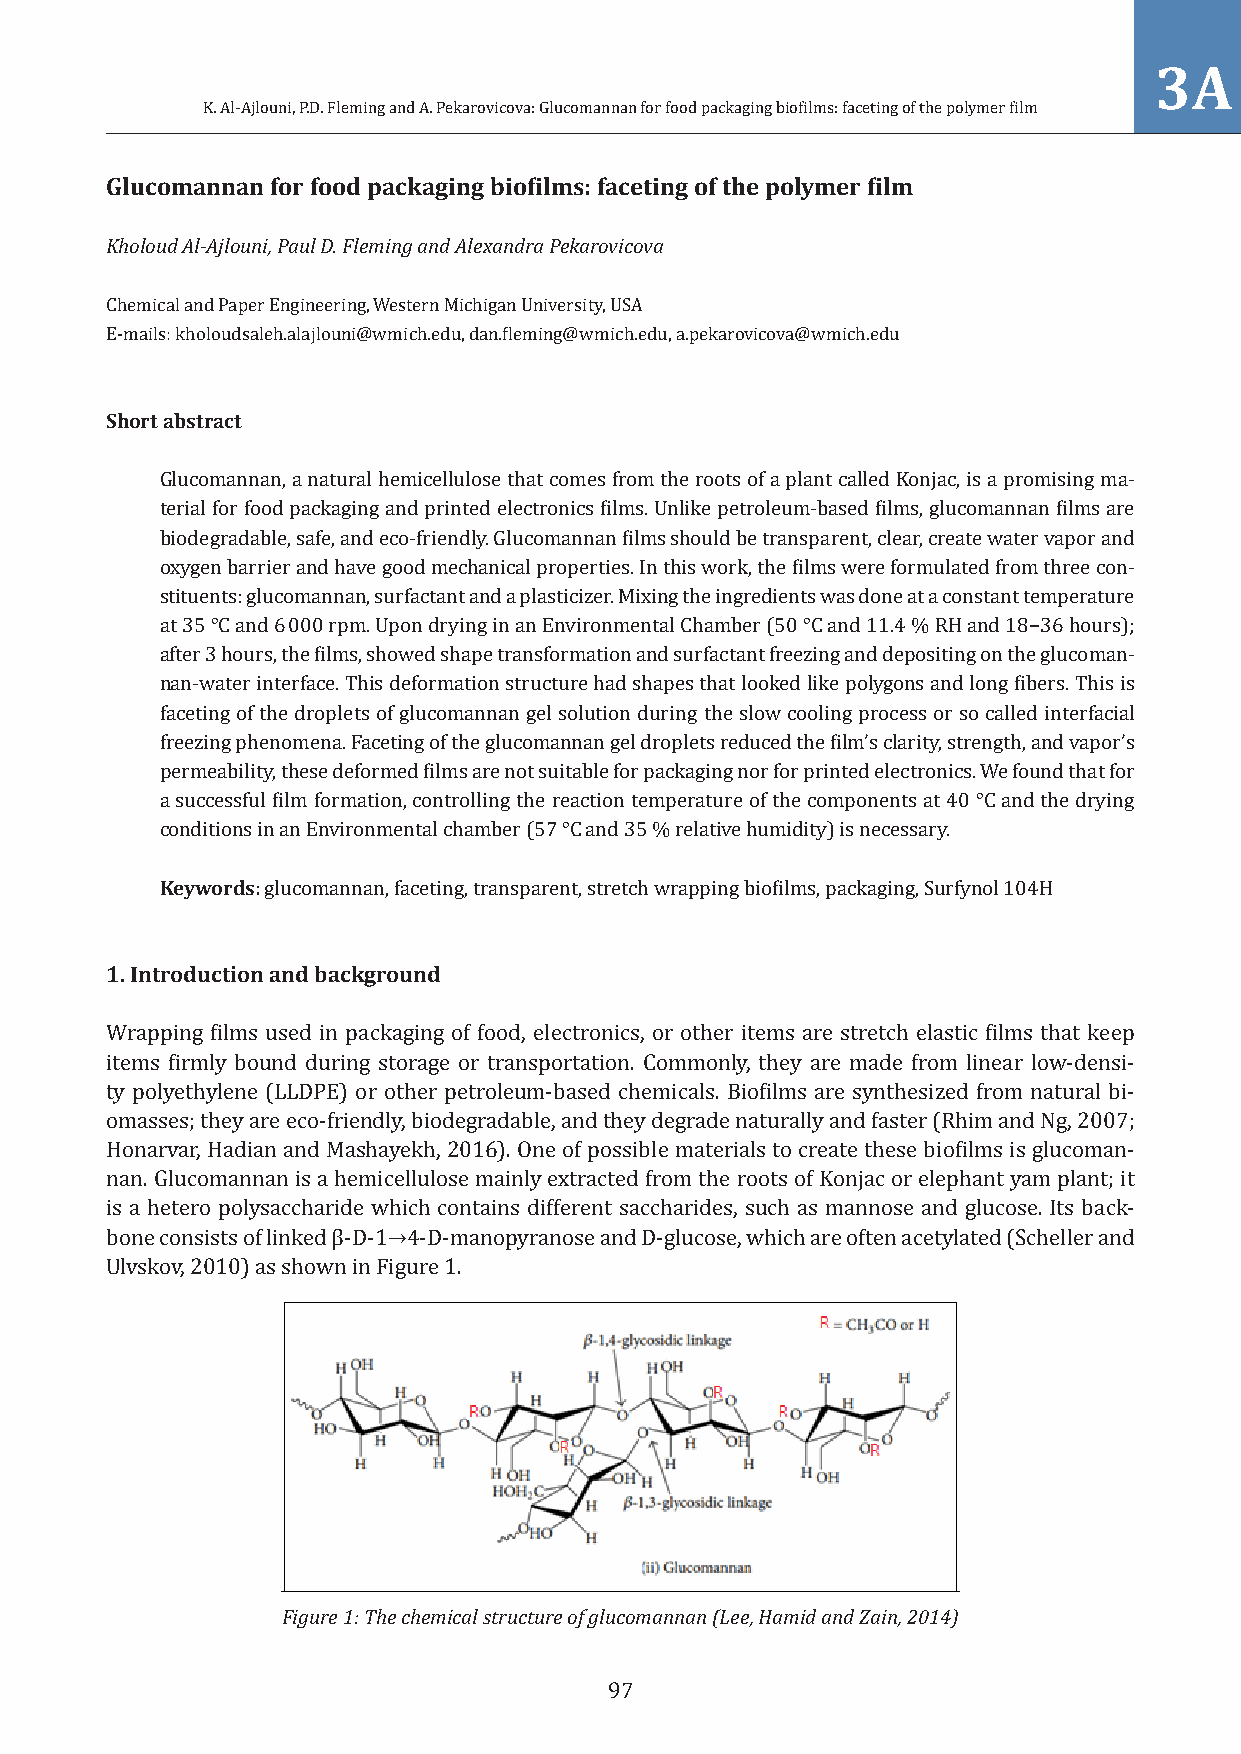
3A
 K. Al-Ajlouni, P.D. Fleming and A. Pekarovicova: Glucomannan for food packaging biofilms: faceting of the polymer film
 Glucomannan for food packaging biofilms: faceting of the polymer film
 Kholoud Al-Ajlouni, Paul D. Fleming and Alexandra Pekarovicova
 Chemical and Paper Engineering, Western Michigan University, USA
 E-mails: kholoudsaleh.alajlouni@wmich.edu, dan.fleming@wmich.edu, a.pekarovicova@wmich.edu
 Short abstract
 Glucomannan, a natural hemicellulose that comes from the roots of a plant called Konjac, is a promising ma-
 terial for food packaging and printed electronics films. Unlike petroleum-based films, glucomannan films are
 biodegradable, safe, and eco-friendly. Glucomannan films should be transparent, clear, create water vapor and
 oxygen barrier and have good mechanical properties. In this work, the films were formulated from three con-
 stituents: glucomannan, surfactant and a plasticizer. Mixing the ingredients was done at a constant temperature
 at 35 °C and 6 000 rpm. Upon drying in an Environmental Chamber (50 °C and 11.4 % RH and 18−36 hours);
 after 3 hours, the films, showed shape transformation and surfactant freezing and depositing on the glucoman-
 nan-water interface. This deformation structure had shapes that looked like polygons and long fibers. This is
 faceting of the droplets of glucomannan gel solution during the slow cooling process or so called interfacial
 freezing phenomena. Faceting of the glucomannan gel droplets reduced the film’s clarity, strength, and vapor’s
 permeability, these deformed films are not suitable for packaging nor for printed electronics. We found that for
 a successful film formation, controlling the reaction temperature of the components at 40 °C and the drying
 conditions in an Environmental chamber (57 °C and 35 % relative humidity) is necessary.
 Keywords: glucomannan, faceting, transparent, stretch wrapping biofilms, packaging, Surfynol 104H
 1.Introduction and background
 Wrapping films used in packaging of food, electronics, or other items are stretch elastic films that keep
 items firmly bound during storage or transportation. Commonly, they are made from linear low-densi-
 ty polyethylene (LLDPE) or other petroleum-based chemicals. Biofilms are synthesized from natural bi-
 omasses; they are eco-friendly, biodegradable, and they degrade naturally and faster (Rhim and Ng, 2007;
 Honarvar, Hadian and Mashayekh, 2016). One of possible materials to create these biofilms is glucoman-
 nan. Glucomannan is a hemicellulose mainly extracted from the roots of Konjac or elephant yam plant; it
 is a hetero polysaccharide which contains different saccharides, such as mannose and glucose. Its back-
 bone consists of linked β-D-1 4-D-manopyranose and D-glucose, which are often acetylated (Scheller and
 Ulvskov, 2010) as shown in Figure 1.
 →
 Figure 1: The chemical structure of glucomannan (Lee, Hamid and Zain, 2014)
 97